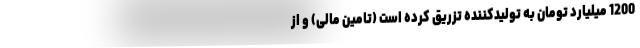
1200 میلیارد تومان به تولیدکننده تزریق کرده است (تامین مالی) و از